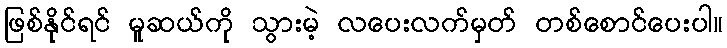
ဖြစ်နိုင်ရင် မူဆယ်ကို သွားမဲ့ လပေးလက်မှတ် တစ်စောင်ပေးပါ။